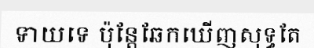
ទាយទេ ប៉ុន្តែឆែកឃើញសុទ្ធតែ